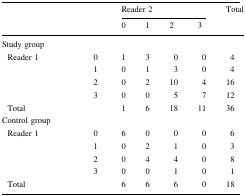
<table><thead><tr><td rowspan="2" colspan="2"></td><td colspan="4"><b>Reader 2</b></td><td rowspan="2"><b>Total</b></td></tr><tr><td><b>0</b></td><td><b>1</b></td><td><b>2</b></td><td><b>3</b></td></tr></thead><tbody><tr><td colspan="7">Study group</td></tr><tr><td rowspan="4"> Reader 1</td><td>0</td><td>1</td><td>3</td><td>0</td><td>0</td><td>4</td></tr><tr><td>1</td><td>0</td><td>1</td><td>3</td><td>0</td><td>4</td></tr><tr><td>2</td><td>0</td><td>2</td><td>10</td><td>4</td><td>16</td></tr><tr><td>3</td><td>0</td><td>0</td><td>5</td><td>7</td><td>12</td></tr><tr><td> Total</td><td></td><td>1</td><td>6</td><td>18</td><td>11</td><td>36</td></tr><tr><td colspan="7">Control group</td></tr><tr><td rowspan="4"> Reader 1</td><td>0</td><td>6</td><td>0</td><td>0</td><td>0</td><td>6</td></tr><tr><td>1</td><td>0</td><td>2</td><td>1</td><td>0</td><td>3</td></tr><tr><td>2</td><td>0</td><td>4</td><td>4</td><td>0</td><td>8</td></tr><tr><td>3</td><td>0</td><td>0</td><td>1</td><td>0</td><td>1</td></tr><tr><td> Total</td><td></td><td>6</td><td>6</td><td>6</td><td>0</td><td>18</td></tr></tbody></table>